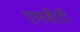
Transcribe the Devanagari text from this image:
एमबीटी